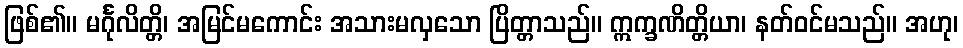
ဖြစ်၏။ မင်္ဂုလိတ္တိ၊ အမြင်မကောင်း အသားမလှသော ပြိတ္တာသည်။ ဣက္ခဏိတ္တိယာ၊ နတ်ဝင်မသည်။ အဟု၊